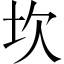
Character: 坎